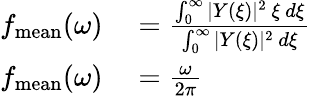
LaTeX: \begin{array}{rl}{f_{\mathrm{mean}}(\omega)}&{{}=\frac{\int_{0}^{\infty}|Y(\xi)|^{2}~\xi~d\xi}{\int_{0}^{\infty}|Y(\xi)|^{2}~d\xi}}\\ {f_{\mathrm{mean}}(\omega)}&{{}=\frac{\omega}{2\pi}}\end{array}